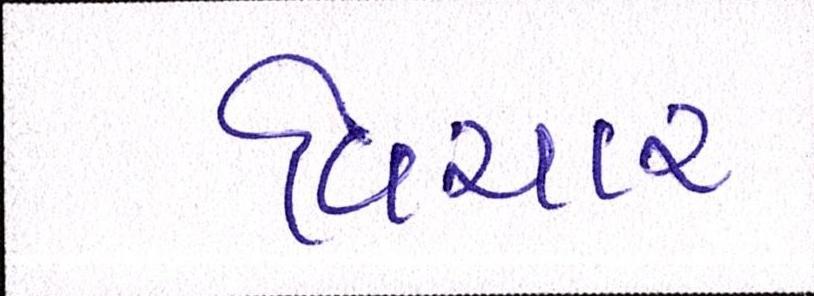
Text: વિચાર